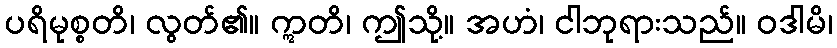
ပရိမုစ္စတိ၊ လွတ်၏။ ဣတိ၊ ဤသို့။ အဟံ၊ ငါဘုရားသည်။ ဝဒါမိ၊